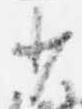
少